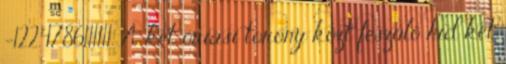
-122.4786111111. A két óriási torony közt feszülő híd két